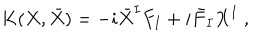
K ( X , \bar { X } ) = - i { \bar { X } } ^ { I } F _ { I } + i { \bar { F } } _ { I } X ^ { I } \ ,